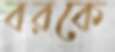
বরকে